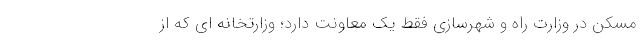
مسکن در وزارت راه و شهرسازی فقط یک معاونت دارد؛ وزارتخانه ای که از